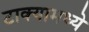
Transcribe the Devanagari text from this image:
टाक्यामध्ये